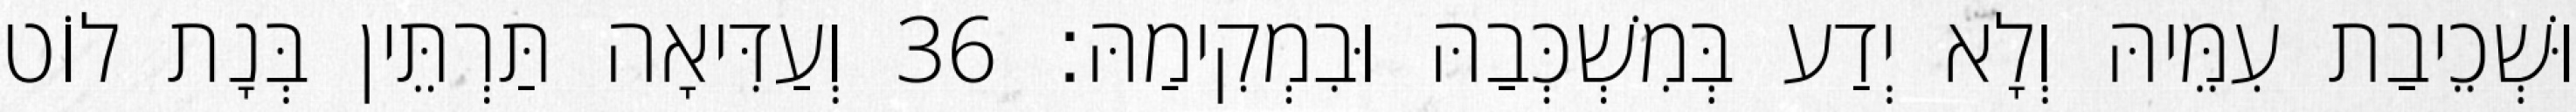
וּשְׁכֵיבַת עִמֵּיהּ וְלָא יְדַע בְּמִשְׁכְּבַהּ וּבִמְקִימַהּ׃ 36 וְעַדִּיאָה תַּרְתֵּין בְּנָת לוֹט